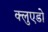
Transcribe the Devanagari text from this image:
क्लुएडो